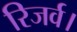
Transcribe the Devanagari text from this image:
रिजर्व।